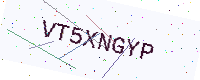
Text: VT5XNGYP